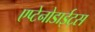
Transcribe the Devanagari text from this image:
एप्टेनोडाईट्स